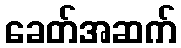
ခေတ်အဆက်